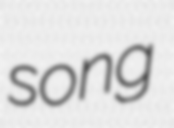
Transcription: song